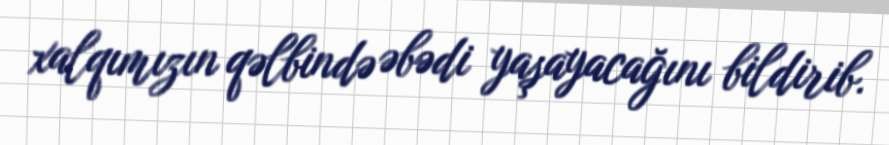
xalqımızın qəlbində əbədi yaşayacağını bildirib.